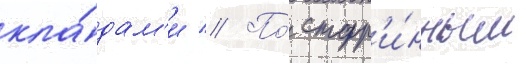
кла́дам'и // По́ стар'и́нным